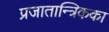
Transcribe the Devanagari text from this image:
प्रजातान्त्रिकका